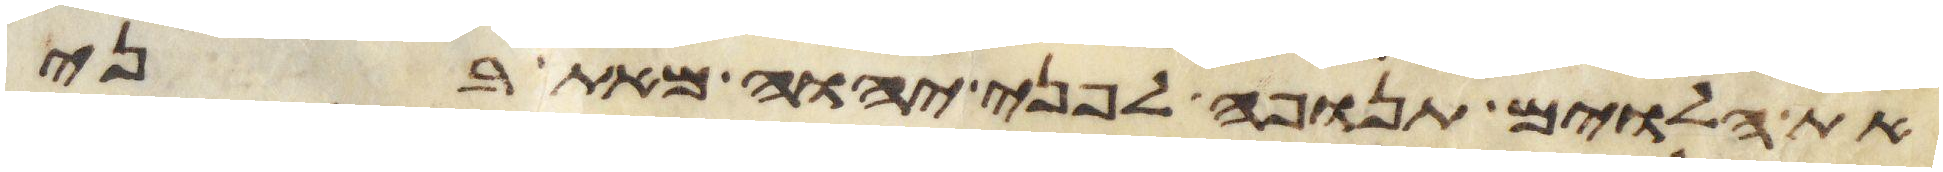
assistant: את הלוים תנופה לפני יהוה מאת בני